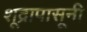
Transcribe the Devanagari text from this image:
शूद्रापासूनी